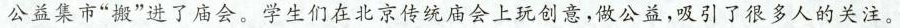
公益集市”搬”进了庙会。学生们在北京传统庙会上玩创意，做公益，吸引了很多人的关注。